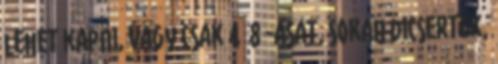
lehet kapni, vagy csak 4 8 -asat, sokan dicsertek,